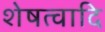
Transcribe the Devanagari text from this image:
शेषत्वादि